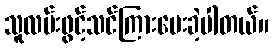
သူလမ်းဖွင့်သင်ကြားပေးခဲ့ပါတယ်။